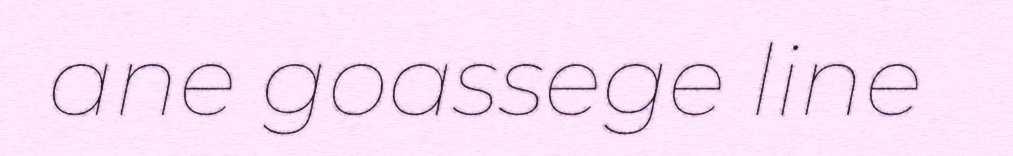
ane goassege line